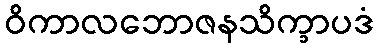
ဝိကာလဘောဇနသိက္ခာပဒံ